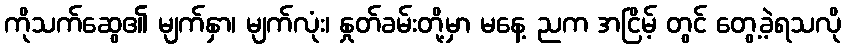
ကိုသက်ဆွေ၏ မျက်နှာ၊ မျက်လုံး၊ နှုတ်ခမ်းတို့မှာ မနေ့ ညက အငြိမ့် တွင် တွေ့ခဲ့ရသလို